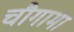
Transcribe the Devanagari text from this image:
चौगामा